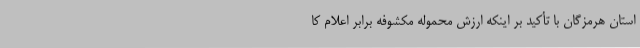
استان هرمزگان با تأکید بر اینکه ارزش محموله مکشوفه برابر اعلام کا